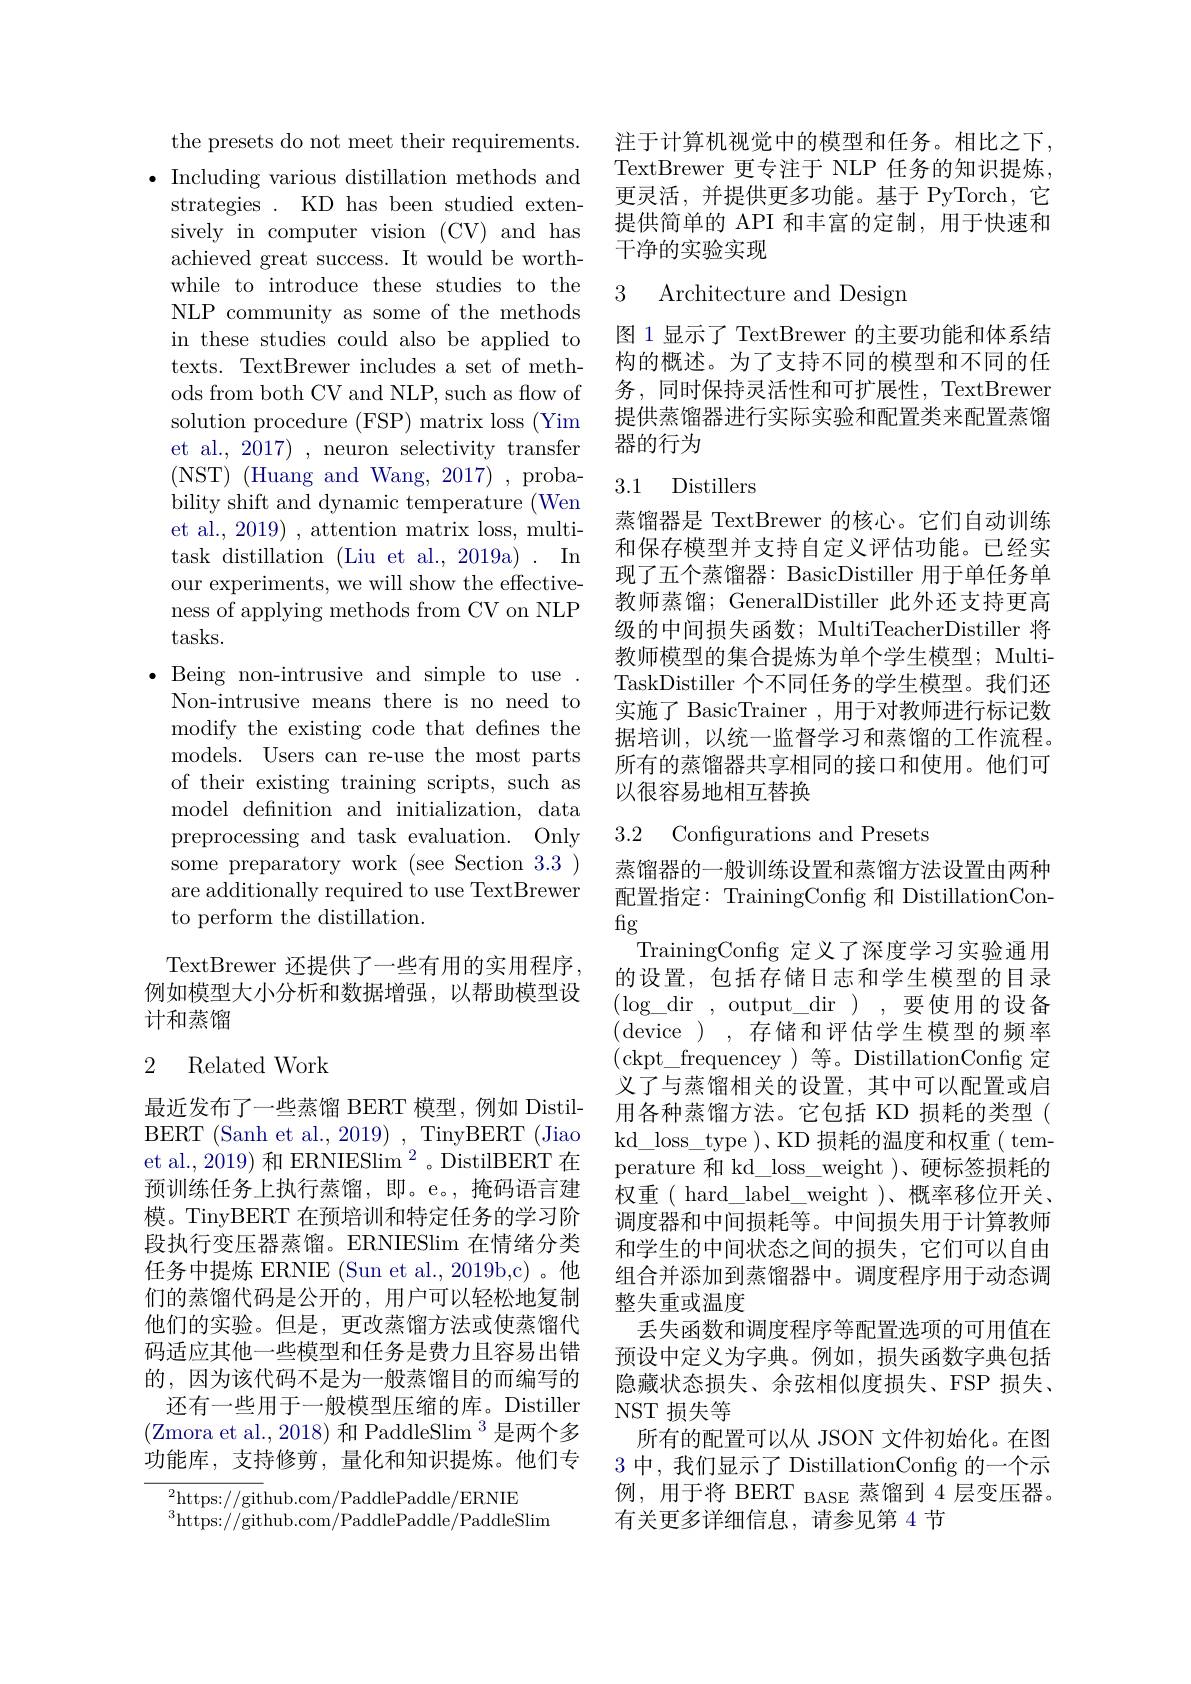
the presets do not meet their requirements. $\bullet$ Including various distillation methods and strategies . KD has been studied extensively in computer vision (CV) and has achieved great success. It would be worthwhile to introduce these studies to the NLP community as some of the methods in these studies could also be applied to texts. TextBrewer includes a set of methods from both CV and NLP, such as flow of solution procedure (FSP) matrix loss (Yim et al., 2017) , neuron selectivity transfer ( NST) ( Huang and Wang, 2017) , proba- bility shift and dynamic temperature (Wen et al., 2019) , attention matrix loss, multitask distillation (Liu et al., 2019a) . In our experiments, we will show the effectiveness of applying methods from CV on NLP tasks.
$\bullet$ Being non-intrusive and simple to use
Non-intrusive means there is no need to modify the existing code that defines the models. Users can re-use the most parts of their existing training scripts, such as model definition and initialization, data preprocessing and task evaluation. Only some preparatory work (see Section 3.3) are additionally required to use TextBrewer to perform the distillation.
TextBrewer 还提供了一些有用的实用程序，

例如模型大小分析和数据增强，以帮助模型设
计和蒸馏

## 2 Related Work

最近发布了一些蒸馏 BERT 模型，例如 DistilBERT (Sanh et al., 2019) , TinyBERT (Jiao et al., 2019) 和 ERNIESlim $^2$。DistilBERT 在预训练任务上执行蒸馏，即。e。,掩码语言建模。TinyBERT 在预培训和特定任务的学习阶段执行变压器蒸馏。ERNIESlim 在情绪分类任务中提炼 ERNIE (Sun et al., 2019b,c)。他们的蒸馏代码是公开的，用户可以轻松地复制他们的实验。但是，更改蒸馏方法或使蒸馏代码适应其他一些模型和任务是费力且容易出错的，因为该代码不是为一般蒸馏目的而编写的还有一些用于一般模型压缩的库。Distiller (Zmora et al., 2018) 和 PaddleSlim $^3$是两个多功能库，支持修剪，量化和知识提炼。他们专
$^{2}$https://github.com/PaddlePaddle/ERNIE

$^{3}$https://github.com/PaddlePaddle$^\prime/$PaddleSlim

注于计算机视觉中的模型和任务。相比之下， TextBrewer 更专注于 NLP 任务的知识提炼， 更灵活，并提供更多功能。基于 PyTorch,它提供简单的 API 和丰富的定制，用于快速和干净的实验实现

# 3 Architecture and Design

图 1 显示了 TextBrewer 的主要功能和体系结构的概述。为了支持不同的模型和不同的任务，同时保持灵活性和可扩展性，TextBrewer 提供蒸馏器进行实际实验和配置类来配置蒸馏器的行为

## 3.1 Distillers

蒸馏器是 TextBrewer 的核心。它们自动训练和保存模型并支持自定义评估功能。已经实现了五个蒸馏器：BasicDistiller 用于单任务单教师蒸馏；GeneralDistiller 此外还支持更高级的中间损失函数；MultiTeacherDistiller 将教师模型的集合提炼为单个学生模型；MultiTaskDistiller 个不同任务的学生模型。我们还实施了 BasicTrainer , 用于对教师进行标记数据培训，以统一监督学习和蒸馏的工作流程。所有的蒸馏器共享相同的接口和使用。他们可以很容易地相互替换

### 3.2 Configurations and Presets

蒸馏器的一般训练设置和蒸馏方法设置由两种配置指定：TrainingConfig 和 DistillationConfig
TrainingConfig 定义了深度学习实验通用的设置，包括存储日志和学生模型的目录$(\log\_$dir,output\_dir),要使用的设备(device),存储和评估学生模型的频率(ckpt\_frequencey)等。DistillationConfig 定义了与蒸馏相关的设置，其中可以配置或启用各种蒸馏方法。它包括 KD 损耗的类型( kd$\_$loss$\_$type ) 、 KD 损耗的温度和权重(temperature 和 kd\_loss\_weight )、硬标签损耗的权重(hard\_label\_weight)、概率移位开关. 调度器和中间损耗等。中间损失用于计算教师和学生的中间状态之间的损失，它们可以自由组合并添加到蒸馏器中。调度程序用于动态调整失重或温度
丢失函数和调度程序等配置选项的可用值在预设中定义为字典。例如，损失函数字典包括隐藏状态损失、余弦相似度损失、FSP 损失、 NST 损失等
所有的配置可以从 JSON 文件初始化。在图3中，我们显示了 DistillationConfig 的一个示例，用于将 BERT BASE 蒸馏到 4 层变压器。有关更多详细信息，请参见第 4 节